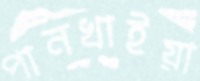
পানখাইয়া